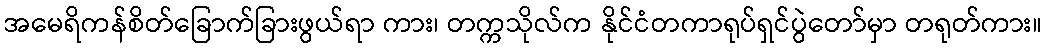
အမေရိကန်စိတ်ခြောက်ခြားဖွယ်ရာ ကား၊ တက္ကသိုလ်က နိုင်ငံတကာရုပ်ရှင်ပွဲတော်မှာ တရုတ်ကား။